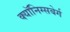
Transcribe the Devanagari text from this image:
क्यॉनिग्सबेर्ग